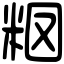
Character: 𥹉